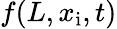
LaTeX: f(L,x_{\mathrm{i}},t)